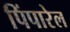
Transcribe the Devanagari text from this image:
पिंपारेल